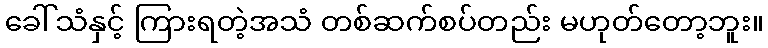
ခေါ်သံနှင့် ကြားရတဲ့အသံ တစ်ဆက်စပ်တည်း မဟုတ်တော့ဘူး။